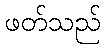
ဖတ်သည်